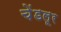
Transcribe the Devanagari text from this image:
चेंडलूर